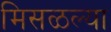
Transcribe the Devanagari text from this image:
मिसळल्या